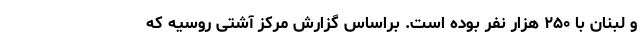
و لبنان با ۲۵۰ هزار نفر بوده است. براساس گزارش مرکز آشتی روسیه که